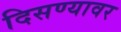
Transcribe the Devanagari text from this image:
दिसण्यावर